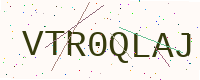
Text: VTR0QLAJ